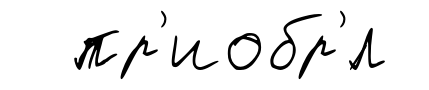
пр'иобр'́л